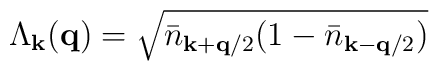
\Lambda_{ {\bf{k}} }({\bf{q}}) = \sqrt{ {\bar{n}}_{ {\bf{k}} + {\bf{q}}/2 }(1 - {\bar{n}}_{ {\bf{k}} - {\bf{q}}/2 }) }